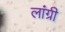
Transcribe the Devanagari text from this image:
लांग्री